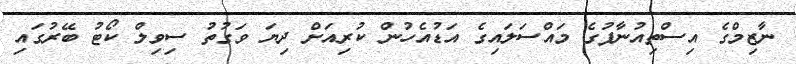
ނާޒިމްގެ އިސްތިއުނާފުގެ މައްސަލައިގެ އަޑުއެހުން ކުރިއަށް ދިޔަ ވަގުތު ސިވިލް ކޯޓު ބޭރުގައި